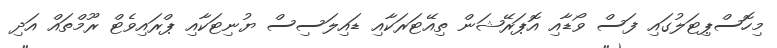
މިހޮސްޕިޓަލުގައި ފަސް ވޯޑާއި އޮޕަރޭޝަން ތިއޭޓަރަކާއި ޑައިލަސިސް ޔުނިޓަކާއި ޕްރައިވެޓް ރޫމްތައް އަދި